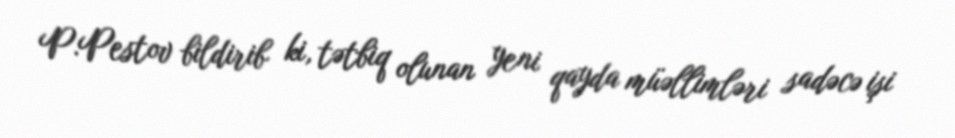
P.Pestov bildirib ki, tətbiq olunan yeni qayda müəllimləri sadəcə işi